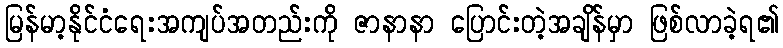
မြန်မာ့နိုင်ငံရေးအကျပ်အတည်းကို ဇာနာနာ ပြောင်းတဲ့အချိန်မှာ ဖြစ်လာခဲ့ရ၏